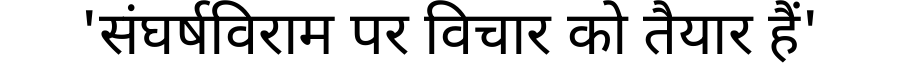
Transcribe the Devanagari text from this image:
'संघर्षविराम पर विचार को तैयार हैं'